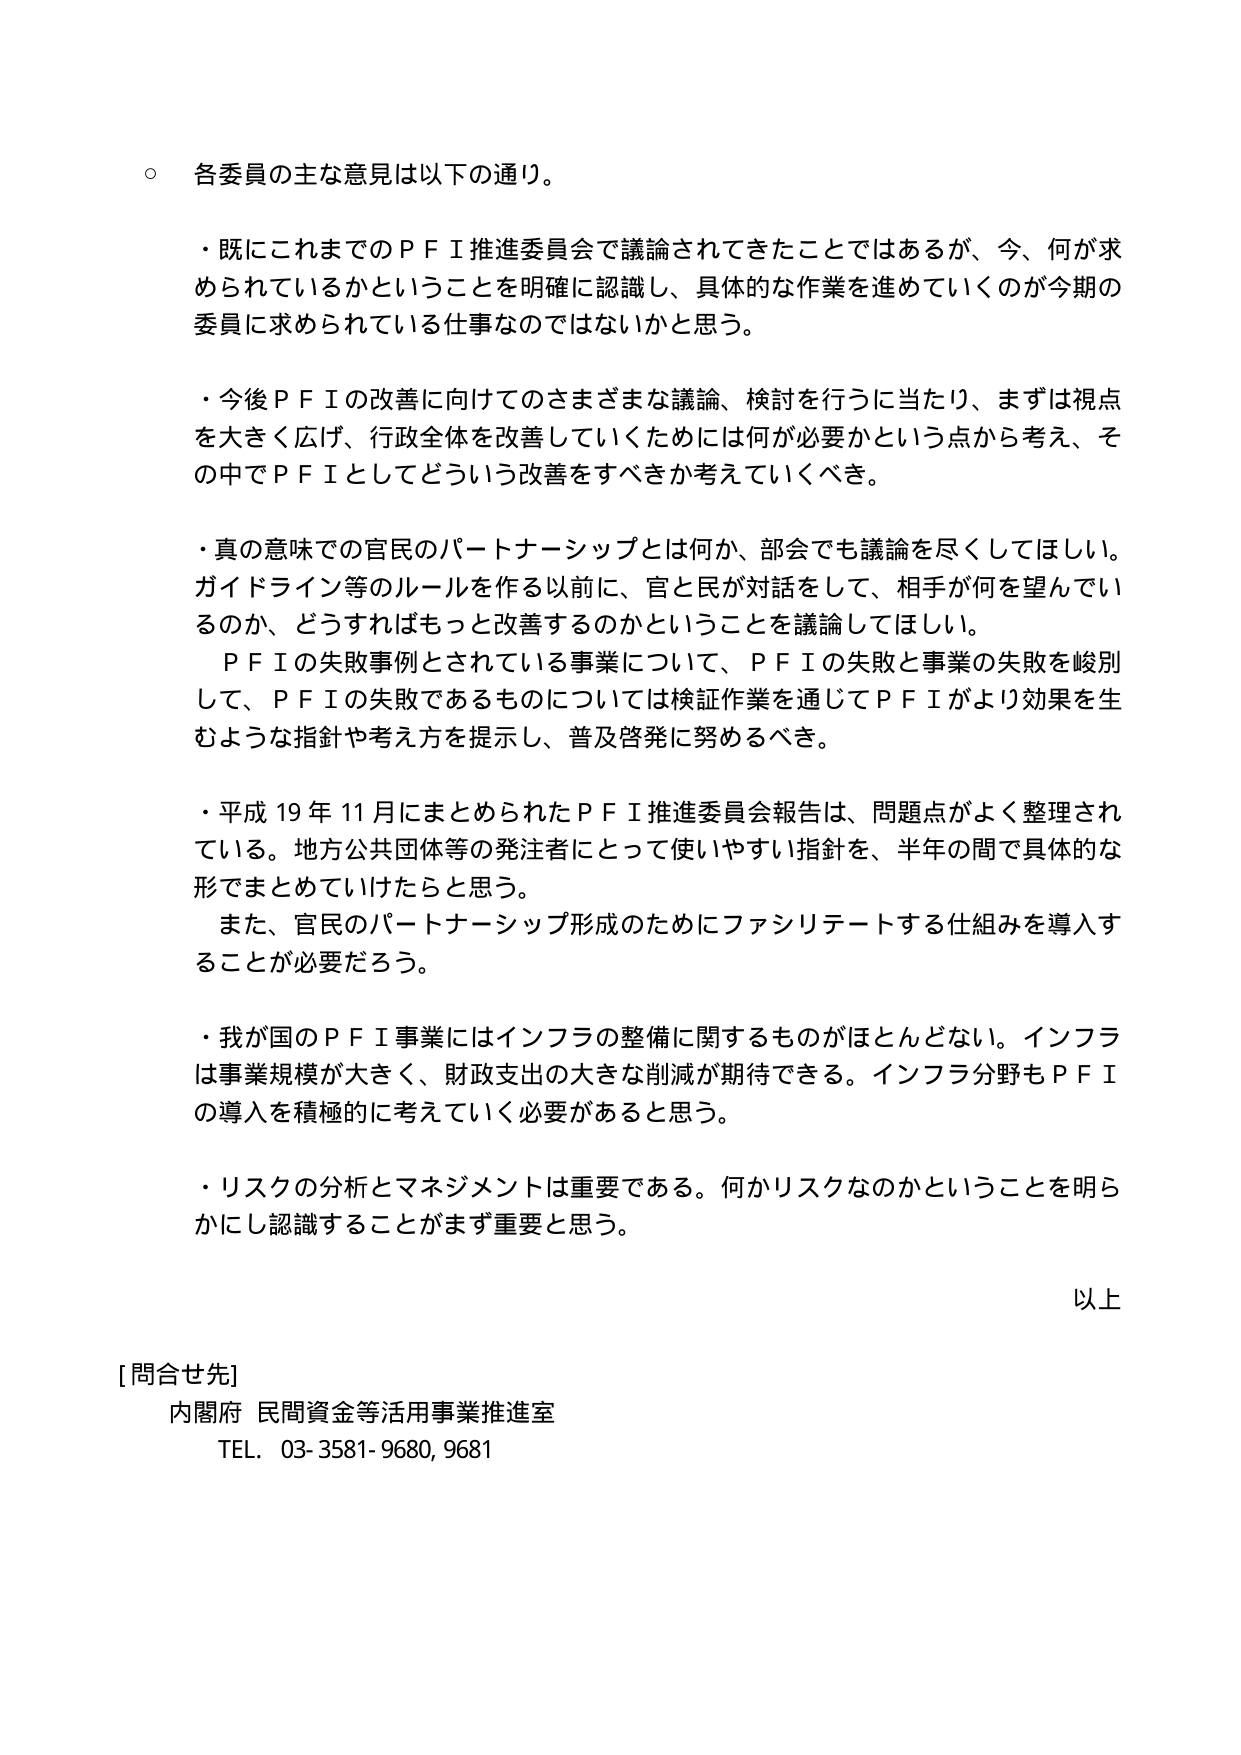
○ 各委員の主な意見は以下の通り。

・既にこれまでのＰＦＩ推進委員会で議論されてきたことではあるが、今、何が求められているかということを明確に認識し、具体的な作業を進めていくのが今期の委員に求められている仕事なのではないかと思う。

・今後ＰＦＩの改善に向けてのさまざまな議論、検討を行うに当たり、まずは視点を大きく広げ、行政全体を改善していくためには何が必要かという点から考え、その中でＰＦＩとしてどういう改善をすべきか考えていくべき。

・真の意味での官民のパートナーシップとは何か、部会でも議論を尽くしてほしい。ガイドライン等のルールを作る以前に、官と民が対話をして、相手が何を望んでいるのか、どうすればもっと改善するのかということを議論してほしい。
　ＰＦＩの失敗事例とされている事業について、ＰＦＩの失敗と事業の失敗を峻別して、ＰＦＩの失敗であるものについては検証作業を通じてＰＦＩがより効果を生むような指針や考え方を提示し、普及啓発に努めるべき。

・平成19年11月にまとめられたＰＦＩ推進委員会報告は、問題点がよく整理されている。地方公共団体等の発注者にとって使いやすい指針を、半年の間で具体的な形でまとめていけたらと思う。
　また、官民のパートナーシップ形成のためにファシリテートする仕組みを導入することが必要だろう。

・我が国のＰＦＩ事業にはインフラの整備に関するものがほとんどない。インフラは事業規模が大きく、財政支出の大きな削減が期待できる。インフラ分野もＰＦＩの導入を積極的に考えていく必要があると思う。

・リスクの分析とマネジメントは重要である。何かリスクなのかということを明らかにし認識することがまず重要と思う。

以上

[問合せ先]
内閣府 民間資金等活用事業推進室
TEL. 03-3581-9680, 9681